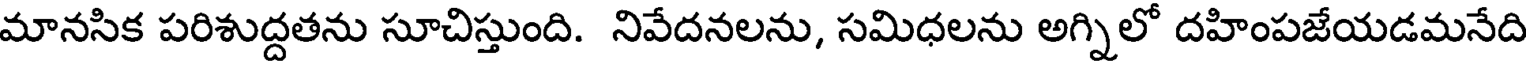
మానసిక పరిశుద్దతను సూచిస్తుంది. నివేదనలను, సమిధలను అగ్నిలో దహింపజేయడమనేది